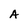
Character: A